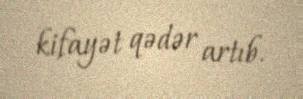
kifayət qədər artıb.